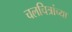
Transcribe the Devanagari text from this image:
चलचित्रांच्या